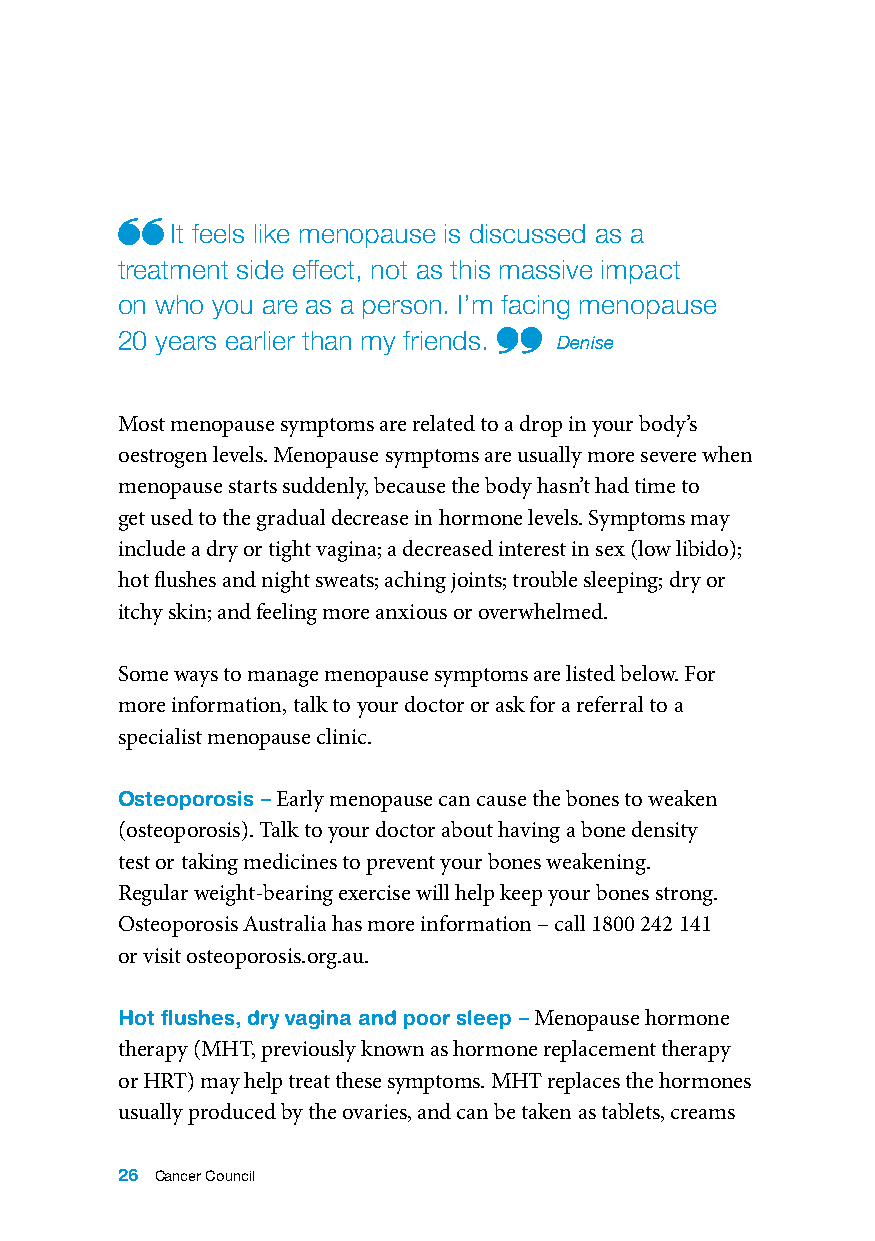
It feels like menopause is discussed as a
 treatment side effect, not as this massive impact
 on who you are as a person. I’m facing menopause
 20 years earlier than my friends.
 Denise
 Most menopause symptoms are related to a drop in your body’s
 oestrogen levels. Menopause symptoms are usually more severe when
 menopause starts suddenly, because the body hasn’t had time to
 get used to the gradual decrease in hormone levels. Symptoms may
 include a dry or tight vagina; a decreased interest in sex (low libido);
 hot flushes and night sweats; aching joints; trouble sleeping; dry or
 itchy skin; and feeling more anxious or overwhelmed.
 Some ways to manage menopause symptoms are listed below. For
 more information, talk to your doctor or ask for a referral to a
 specialist menopause clinic.
 Osteoporosis – Early menopause can cause the bones to weaken
 (osteoporosis). Talk to your doctor about having a bone density
 test or taking medicines to prevent your bones weakening.
 Regular weight-bearing exercise will help keep your bones strong.
 Osteoporosis Australia has more information – call 1800 242 141
 or visit osteoporosis.org.au.
 Hot flushes, dry vagina and poor sleep – Menopause hormone
 therapy (MHT, previously known as hormone replacement therapy
 or HRT) may help treat these symptoms. MHT replaces the hormones
 usually produced by the ovaries, and can be taken as tablets, creams
 26 Cancer Council